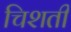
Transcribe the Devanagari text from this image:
चिशती